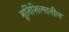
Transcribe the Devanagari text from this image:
मूर्तिशिल्पातील